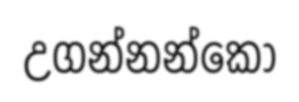
උගන්නන්කො